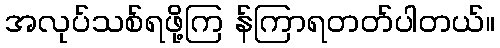
အလုပ်သစ်ရဖို့ကြ န်ကြာရတတ်ပါတယ်။